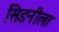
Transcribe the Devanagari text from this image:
सिडनीला